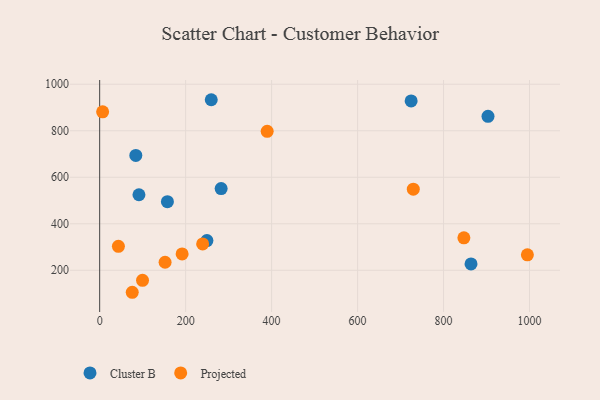
{"axis": {"x": "Ad Spend", "y": "Exam Score"}, "legend": ["Cluster B", "Projected"], "data": [{"x": "903.4", "y": 862.2, "type": "Cluster B"}, {"x": "282.6", "y": 551.2, "type": "Cluster B"}, {"x": "91.4", "y": 524.8, "type": "Cluster B"}, {"x": "259.6", "y": 933.4, "type": "Cluster B"}, {"x": "863.9", "y": 227.5, "type": "Cluster B"}, {"x": "724.6", "y": 928.2, "type": "Cluster B"}, {"x": "157.6", "y": 494.8, "type": "Cluster B"}, {"x": "84.1", "y": 694.0, "type": "Cluster B"}, {"x": "249.5", "y": 327.7, "type": "Cluster B"}, {"x": "75.8", "y": 105.4, "type": "Projected"}, {"x": "6.9", "y": 881.4, "type": "Projected"}, {"x": "239.6", "y": 313.2, "type": "Projected"}, {"x": "995.0", "y": 266.6, "type": "Projected"}, {"x": "152.2", "y": 234.6, "type": "Projected"}, {"x": "99.7", "y": 156.8, "type": "Projected"}, {"x": "729.6", "y": 548.6, "type": "Projected"}, {"x": "43.6", "y": 302.8, "type": "Projected"}, {"x": "389.7", "y": 797.7, "type": "Projected"}, {"x": "847.3", "y": 339.7, "type": "Projected"}, {"x": "191.8", "y": 270.2, "type": "Projected"}]}